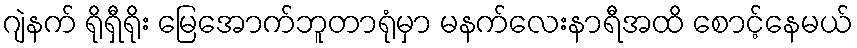
ဂျဲနက် ရိုရှီရိုး မြေအောက်ဘူတာရုံမှာ မနက်လေးနာရီအထိ စောင့်နေမယ်